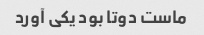
ماست دوتا بود یکی آورد